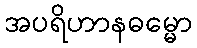
အပရိဟာနဓမ္မော